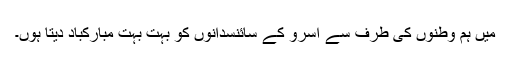
میں ہم وطنوں کی طرف سے اسرو کے سائنسدانوں کو بہت بہت مبارکباد دیتا ہوں۔